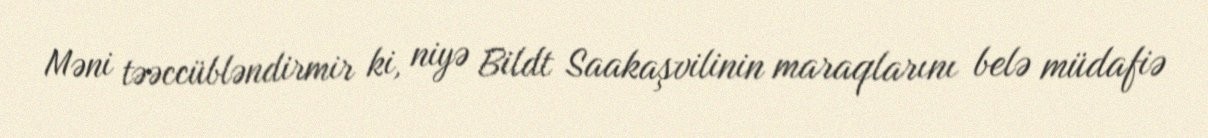
Məni təəccübləndirmir ki, niyə Bildt Saakaşvilinin maraqlarını belə müdafiə